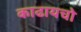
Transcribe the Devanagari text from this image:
काढायचो